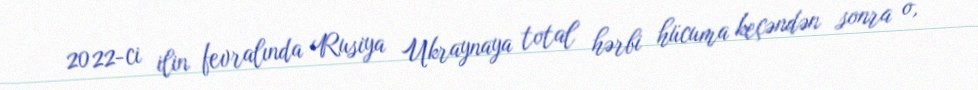
2022-ci ilin fevralında Rusiya Ukraynaya total hərbi hücuma keçəndən sonra o,